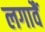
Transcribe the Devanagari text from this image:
लगावैं